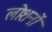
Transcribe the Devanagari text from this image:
लोशनों